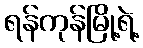
ရန်ကုန်မြို့ရဲ့